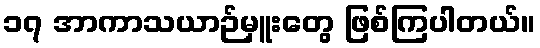
၁၇ အာကာသယာဉ်မှူးတွေ ဖြစ်ကြပါတယ်။